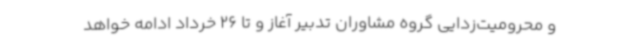
و محرومیت‌زدایی گروه مشاوران تدبیر آغاز و تا 26 خرداد ادامه خواهد